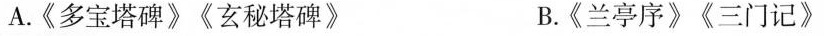
A.《多宝塔碑》《玄秘塔碑》 B.《兰亭序》《三门记》